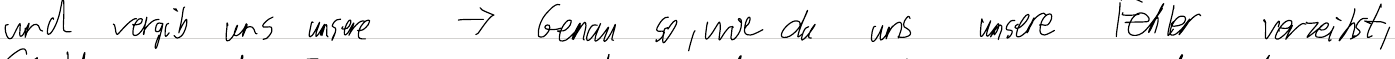
und vergib uns unsere     -> Genau so, wie du uns unsere Fehler verzeihst,